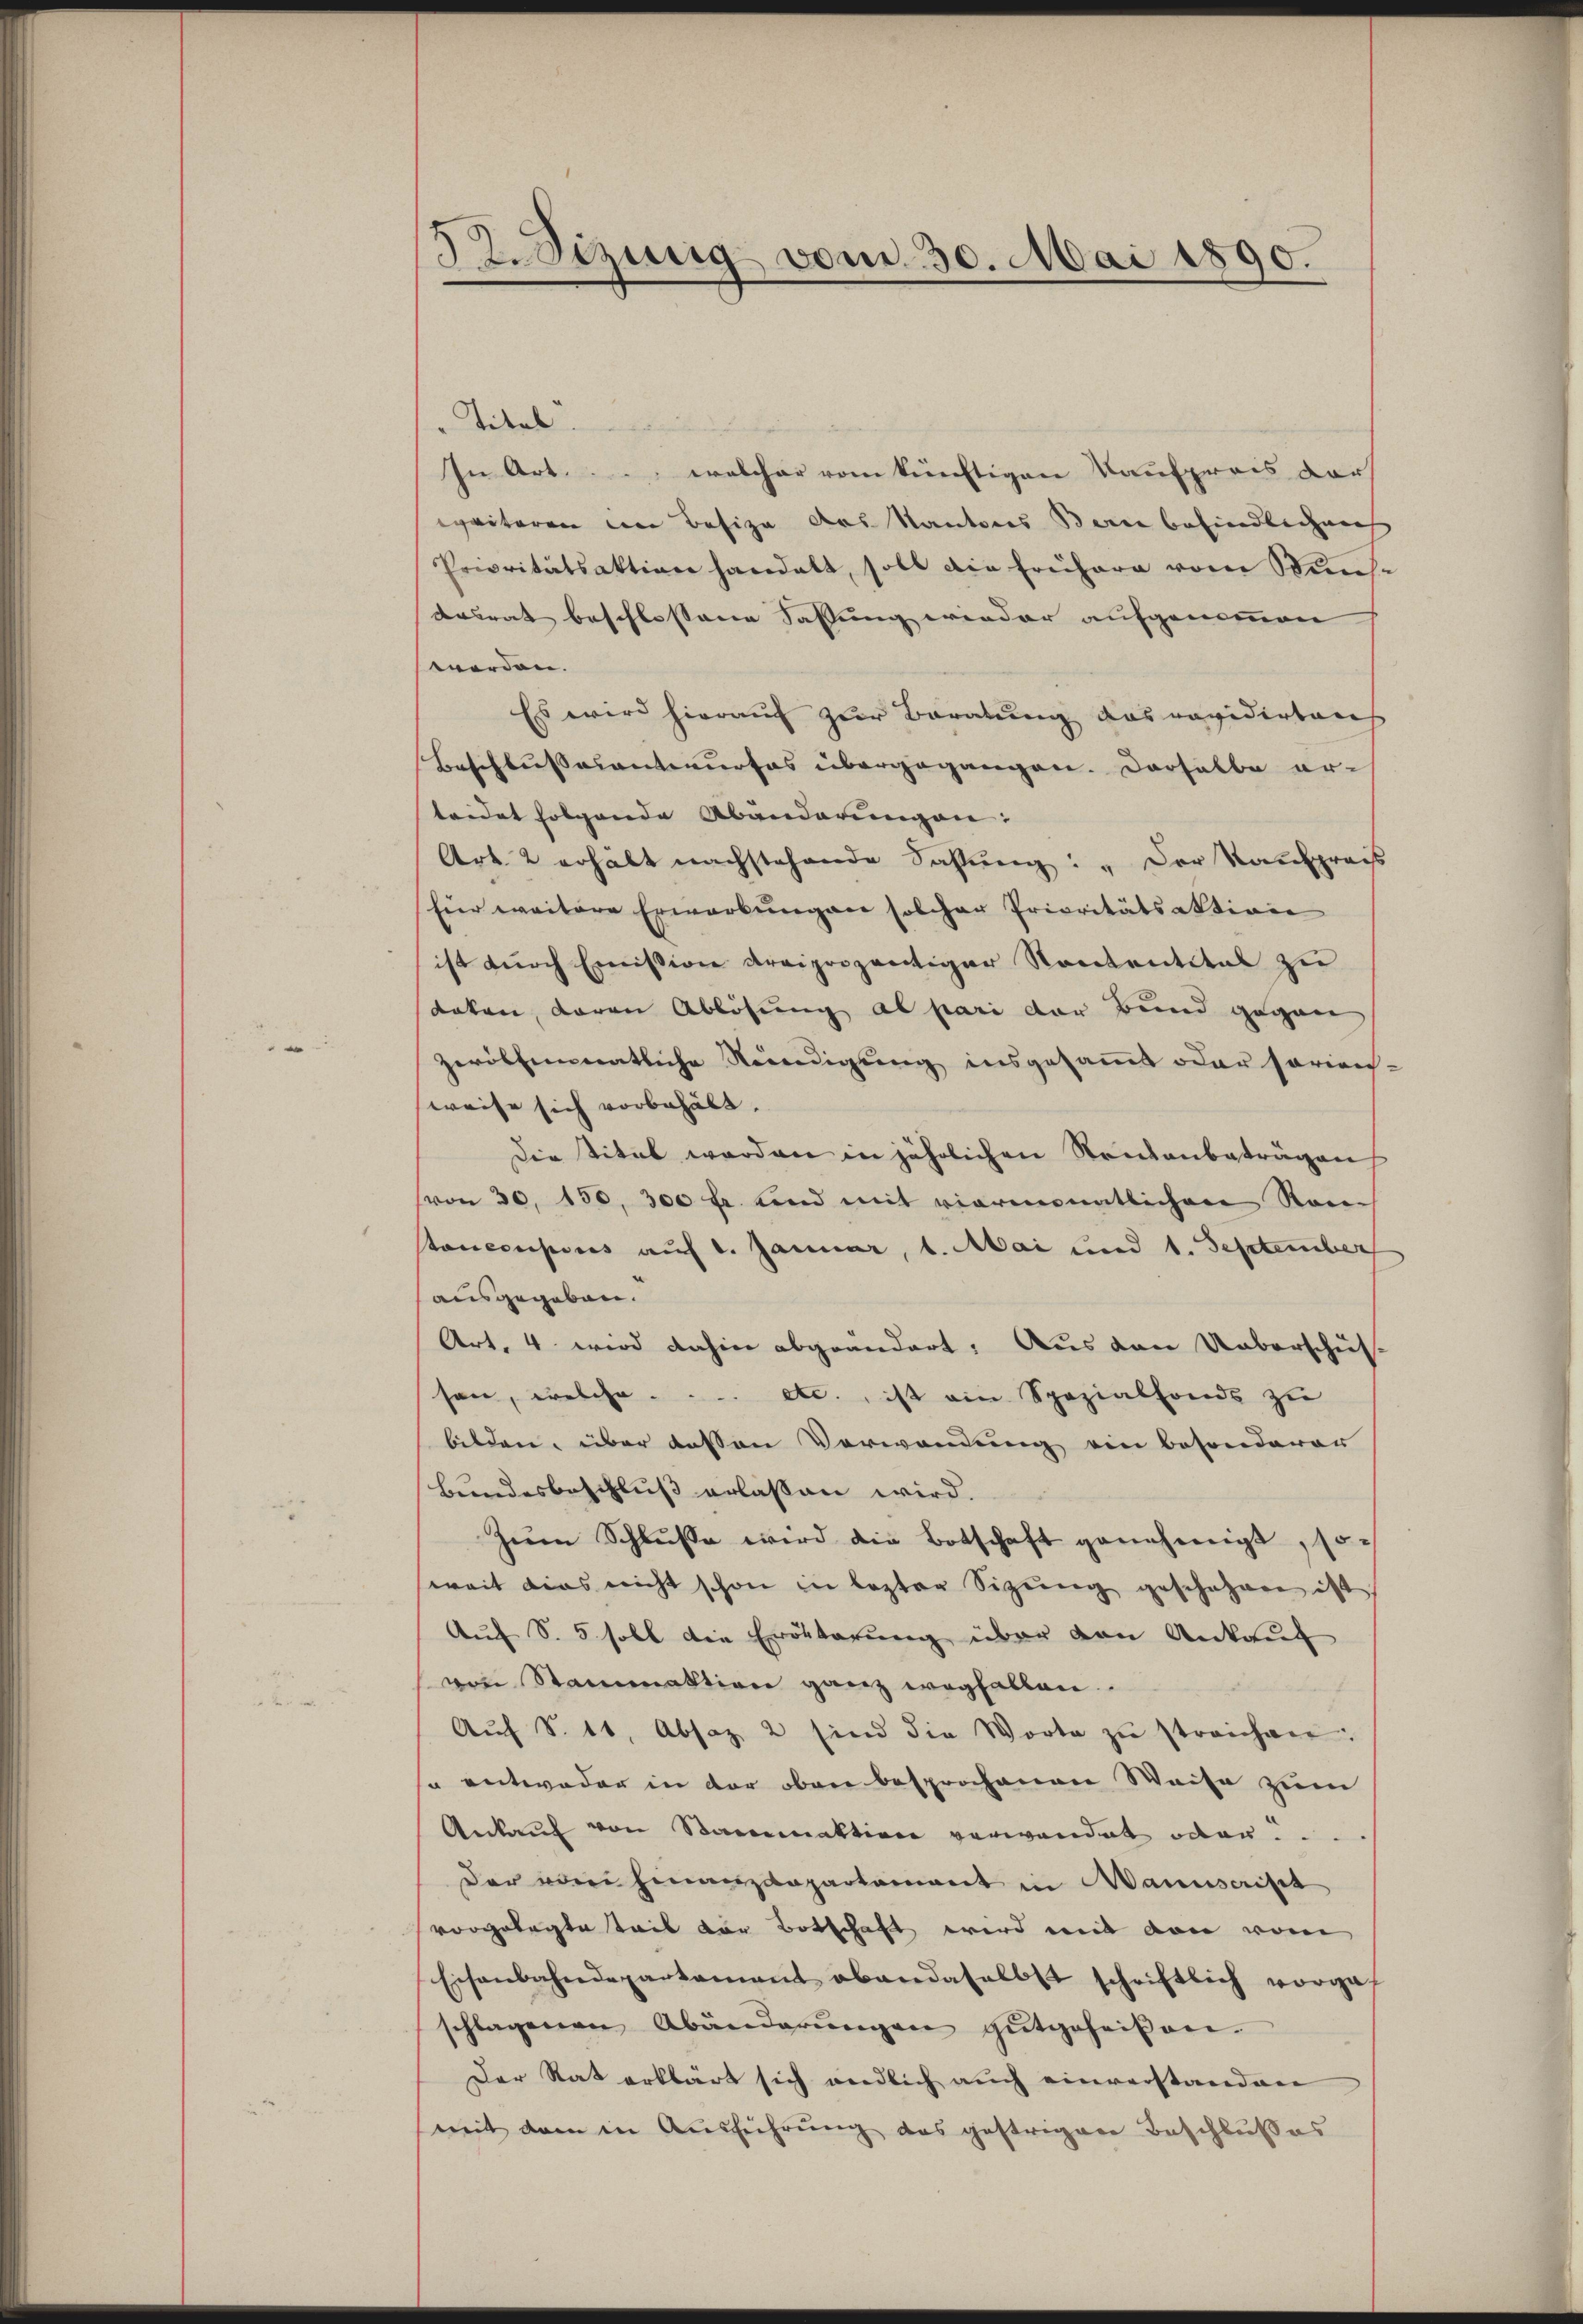
32. Sizung vom 30. Mai 1890.

" Titel
In Art.... welcher vom künftigen Kaufpreis dar
epaitoren in Besize des Kantones Berne befindlichen
Prioritätsaktion handelt, soll die Frühere vom Mens-
desrat beschlossene Sassung wieder aufgenommen
worden.
Es wird hierauf zur Beratung das revidertauch
Beschlussesentwurfes übergegangen. Derselbe er-
teidet folgende Abänderungen:
Art. 2 erhält nachstehende Sassŭng: „Der Kaufpreis
Eür weitere Erwarbungen solcher Prioritätsaktion
ist durch Emission dreiporzeitiger Nantentital zu
doken, daran Ablösung al pari der Bund gegen
zeristmonatliche Nendigung insgesammt oder sorien-
weise sich vorbehält.
Die titel werden in jährlichen Rendenbeträgen
von 30, 150. 300 fr. und mit viermonatlichen Rautoncorporis auf 1. Januar, 1. Mai und 1. September
ausgegeben.
Art. 4 wird dahin abgeändert: Aus den Ueberschiessen, welche ... etc., ist ein Spezialfonds zu
bilden, über dessen Verwendung ein besonderer
Bundesbeschluss erlassen wird.
zŭm Schlŭsse wird die Botschaft genehmigt, so-
weit dies nicht schon in lezter Sitzŭng geschehen ist,
Auf S. 5 soll die Erörterung über den Ankauf
von Stammaktion ganz wegfallen.
Aŭf S. 11, Absaz, 2 sind die Worte zŭ streichen:
u entweder in der oben besprochenen Weise zum
Ankauf von Stanaktion verwandet oder
der von Finanzdepartement in Manuscript
vorgelegte Teil vor Botschaft wird mit von vom
Eisenbahndepartamant abandaselbst schriftlich vorgef
schlagenen Abänderŭngen gutgeheißen.
Der Rat erklärt sich endlich auch einverstanden
mit dem in Ausführung des gestrigen Beschlußes